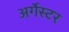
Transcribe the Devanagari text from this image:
अर्गेस्टर